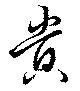
貴